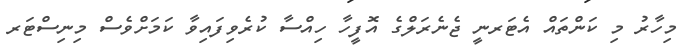
މިހާރު މި ކަންތައް އެޓަރނީ ޖެނެރަލްގެ އޮފީހާ ހިއްސާ ކުރެވިފައިވާ ކަމަށްވެސް މިނިސްޓަރ